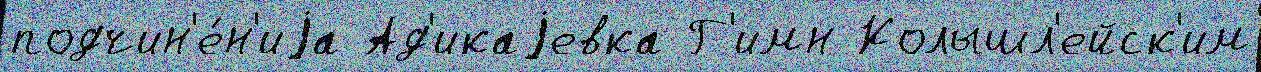
подчин'е́н'иjа Ад'икаjевка Г'имн Колышл'ейск'им